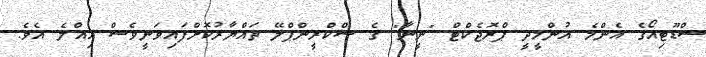
ސްޑޫޓިއޯގެ އެންމެ އުންމީދީ ޕްރޮޖެކްޓް "ނީނާ" ގެ ސްކްރީންޕްލޭ ތައްޔާރުކޮށްފައިވަނީވެސް އިއްލެ އެވެ.